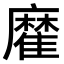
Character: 𩀪